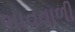
ભાવવાળી